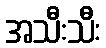
အသီးသီး